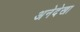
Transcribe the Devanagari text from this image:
अनेदेखा